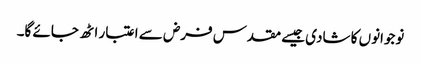
نوجوانوں کا شادی جیسے مقدس فرض سے اعتبار اٹھ جائے گا۔